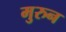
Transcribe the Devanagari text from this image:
मुरुन